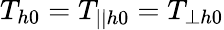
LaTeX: T_{h0}=T_{||h0}=T_{\perp h0}